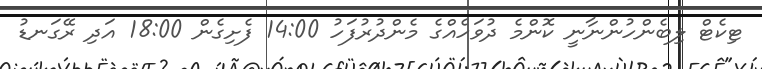
ޓިކެޓް ލިބެންހުންނާނީ ކޮންމެ ދުވަހެއްގެ މެންދުރުފަހު 14:00 ފެށިގެން 18:00 އަދި ރޭގަނޑު